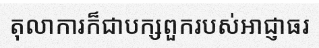
តុលាការក៏ជាបក្សពួករបស់អាជ្ញាធរ